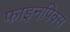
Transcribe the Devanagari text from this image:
फाइनपिक्स